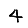
Digit: 4